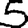
Digit: 5